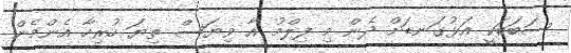
ސަބަބަކީ އަޅުގަނޑަށް ދެން މި ފިލްމު އާ ވިޔަސް ތިޔަ ހުރިހާ އެންމެން